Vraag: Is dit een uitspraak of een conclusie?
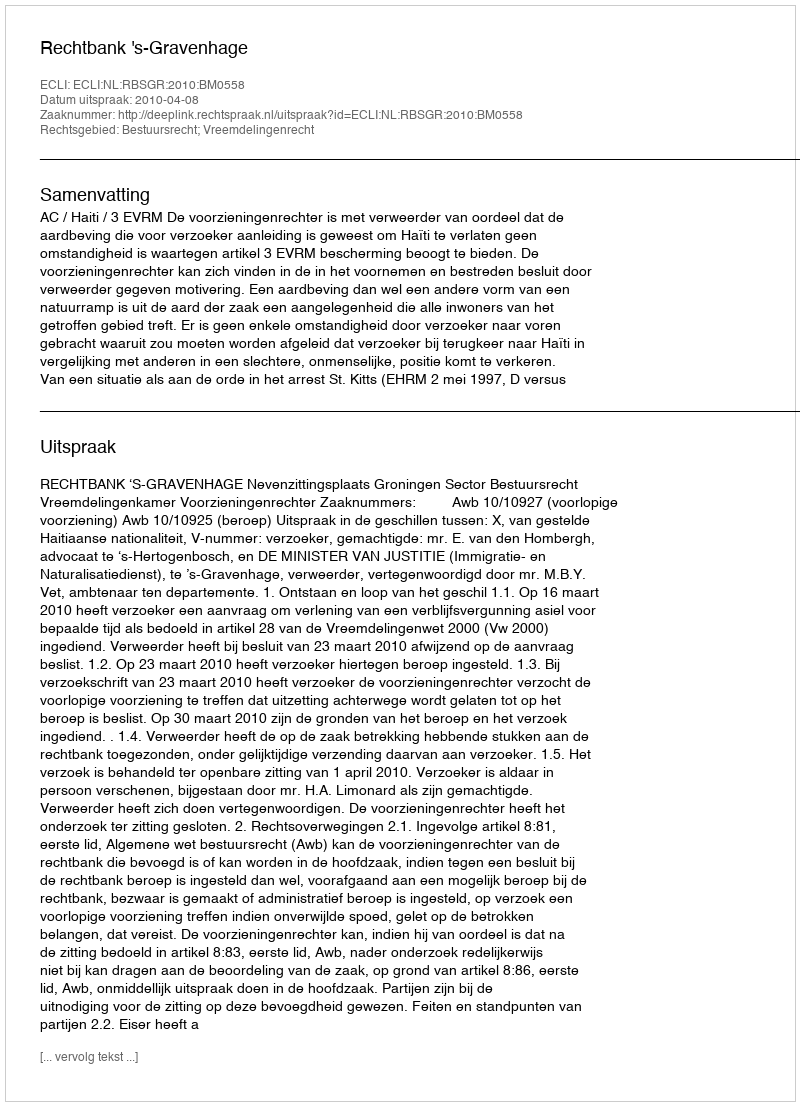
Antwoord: Uitspraak